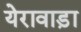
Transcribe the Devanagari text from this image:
येरावाड़ा